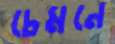
চেমনে